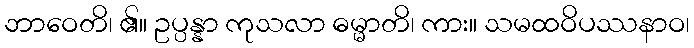
ဘာဝေတိ၊ ၏။ ဥပ္ပန္နာ ကုသလာ ဓမ္မာတိ၊ ကား။ သမထဝိပဿနာဝ၊